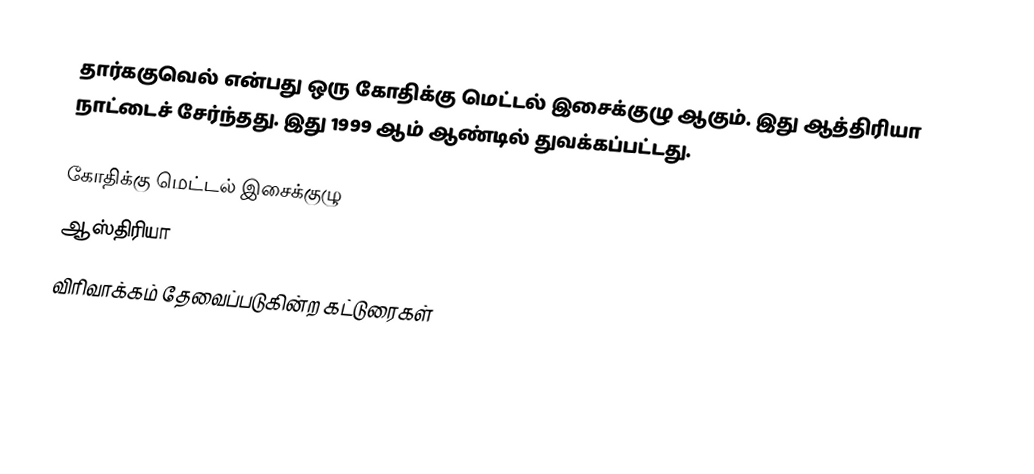
தார்ககுவெல் என்பது ஒரு கோதிக்கு மெட்டல் இசைக்குழு ஆகும். இது ஆத்திரியா நாட்டைச் சேர்ந்தது. இது 1999 ஆம் ஆண்டில் துவக்கப்பட்டது.

கோதிக்கு மெட்டல் இசைக்குழு
ஆஸ்திரியா
விரிவாக்கம் தேவைப்படுகின்ற கட்டுரைகள்